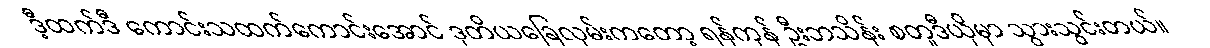
ဒီ့ထက်ဒီ ကောင်းသထက်ကောင်းအောင် ဒုတိယခြေလှမ်းကတော့ ရန်ကုန် ဦးဘသိန်း စတူဒီယိုမှာ သွားသွင်းတယ်။